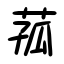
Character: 菰